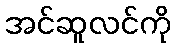
အင်ဆူလင်ကို